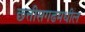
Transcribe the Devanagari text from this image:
छ्त्तीसगढमधील